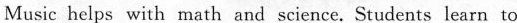
Music helps with math and science. Students learn to